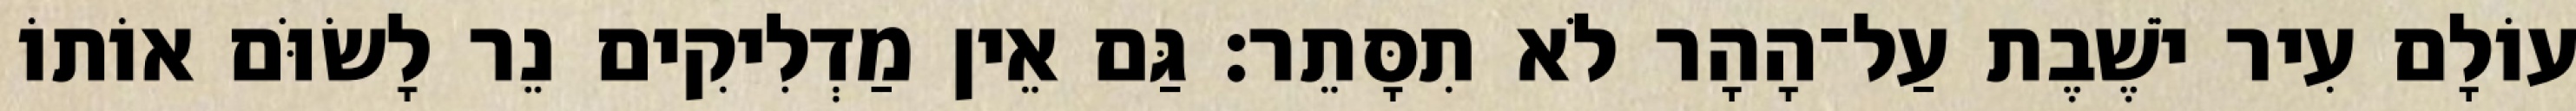
עוֹלָם עִיר יֹשֶׁבֶת עַל־הָהָר לֹא תִסָּתֵר׃ גַּם אֵין מַדְלִיקִים נֵר לָשׂוֹּם אוֹתוֹ